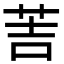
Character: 䓀